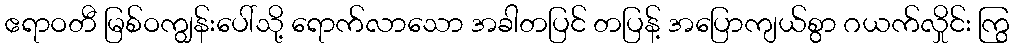
ဧရာဝတီ မြစ်ဝကျွန်းပေါ်သို့ ရောက်လာသော အခါတပြင် တပြန့် အပြောကျယ်စွာ ဂယက်လှိုင်း ကြွ